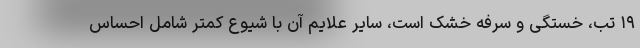
۱۹ تب، خستگی و سرفه خشک است، سایر علایم آن با شیوع کمتر شامل احساس